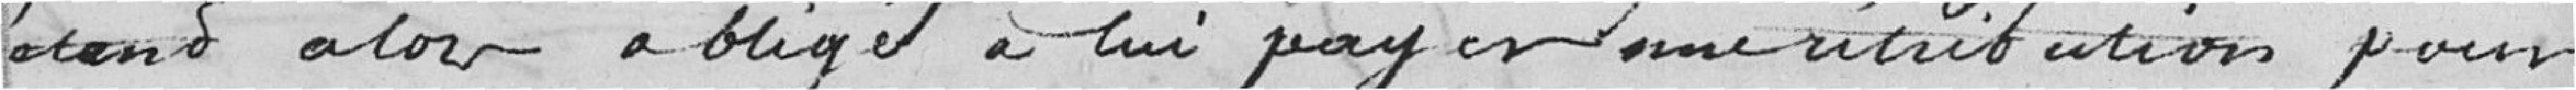
étant alors obligé à lui payer une rétribution pour